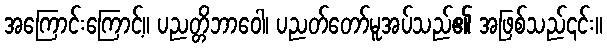
အကြောင်းကြောင့်။ ပညတ္တိဘာဝေါ၊ ပညတ်တော်မူအပ်သည်၏ အဖြစ်သည်၎င်း။